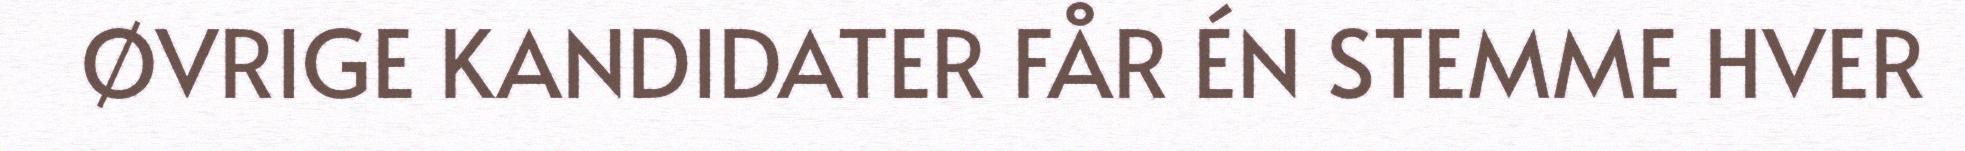
ØVRIGE KANDIDATER FÅR ÉN STEMME HVER